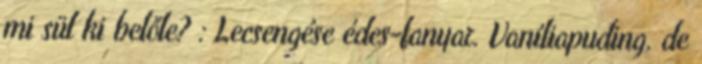
mi sül ki belőle? : Lecsengése édes-fanyar. Vaníliapuding, de